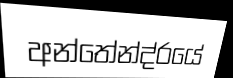
අන්තේන්ද්රයේ